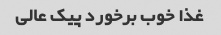
غذا خوب برخورد پیک عالی